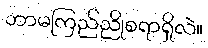
ဘာမကြည်ညိုစရာရှိလဲ။